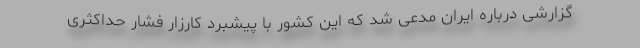
گزارشی درباره ایران مدعی شد که این کشور با پیشبرد کارزار فشار حداکثری